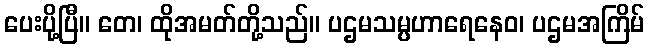
ပေးပို့ပြီ။ တေ၊ ထိုအမတ်တို့သည်။ ပဌမသမ္ပဟာရေနေဝ၊ ပဌမအကြိမ်